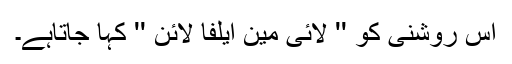
اس روشنی کو '' لائی مین ایلفا لائن '' کہا جاتاہے۔